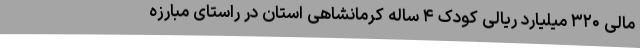
مالی ۳۲۰ میلیارد ریالی کودک ۴ ساله کرمانشاهی استان در راستای مبارزه